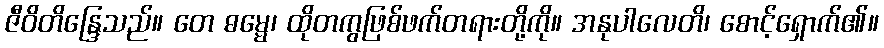
ဇီဝိတိန္ဒြေသည်။ တေ ဓမ္မေ၊ ထိုတကွဖြစ်ဖက်တရားတို့ကို။ အနုပါလေတိ၊ စောင့်ရှောက်၏။